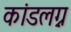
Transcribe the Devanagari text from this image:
कांडलग्न